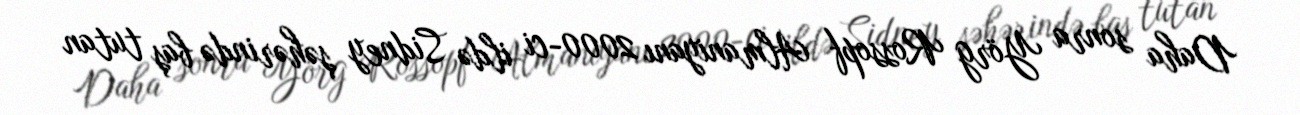
Daha sonra Yörg Rossopf Almaniyanı 2000-ci ildə Sidney şəhərində baş tutan